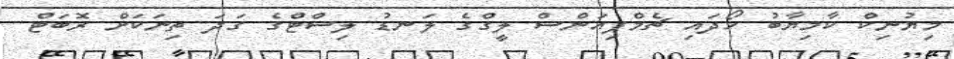
މިޔުނިކް ކާމިޔާބު ހޯދައި ޗެމްޕިއަންސް ލީގްގެ ލަނޑު ލިސްޓްގެ ގަދަ ތިނަކަށް ރޮބަޓް